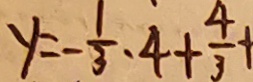
y = - \frac { 1 } { 3 } \cdot 4 + \frac { 4 } { 3 } +